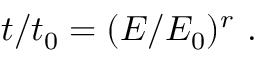
t / t _ { 0 } = ( E / E _ { 0 } ) ^ { r } \, \, .